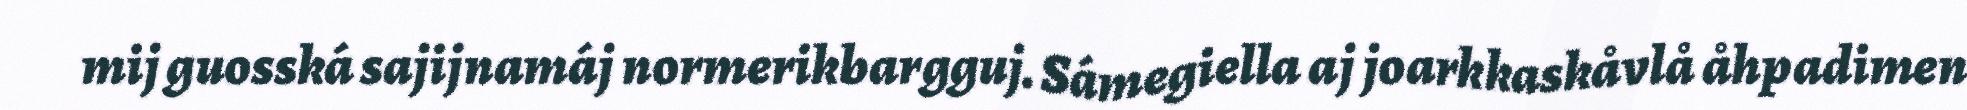
mij guosská sajijnamáj normerikbargguj. Sámegiella aj joarkkaskåvlå åhpadimen